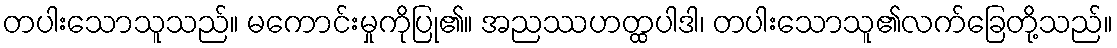
တပါးသောသူသည်။ မကောင်းမှုကိုပြု၏။ အညဿဟတ္ထပါဒါ၊ တပါးသောသူ၏လက်ခြေတို့သည်။